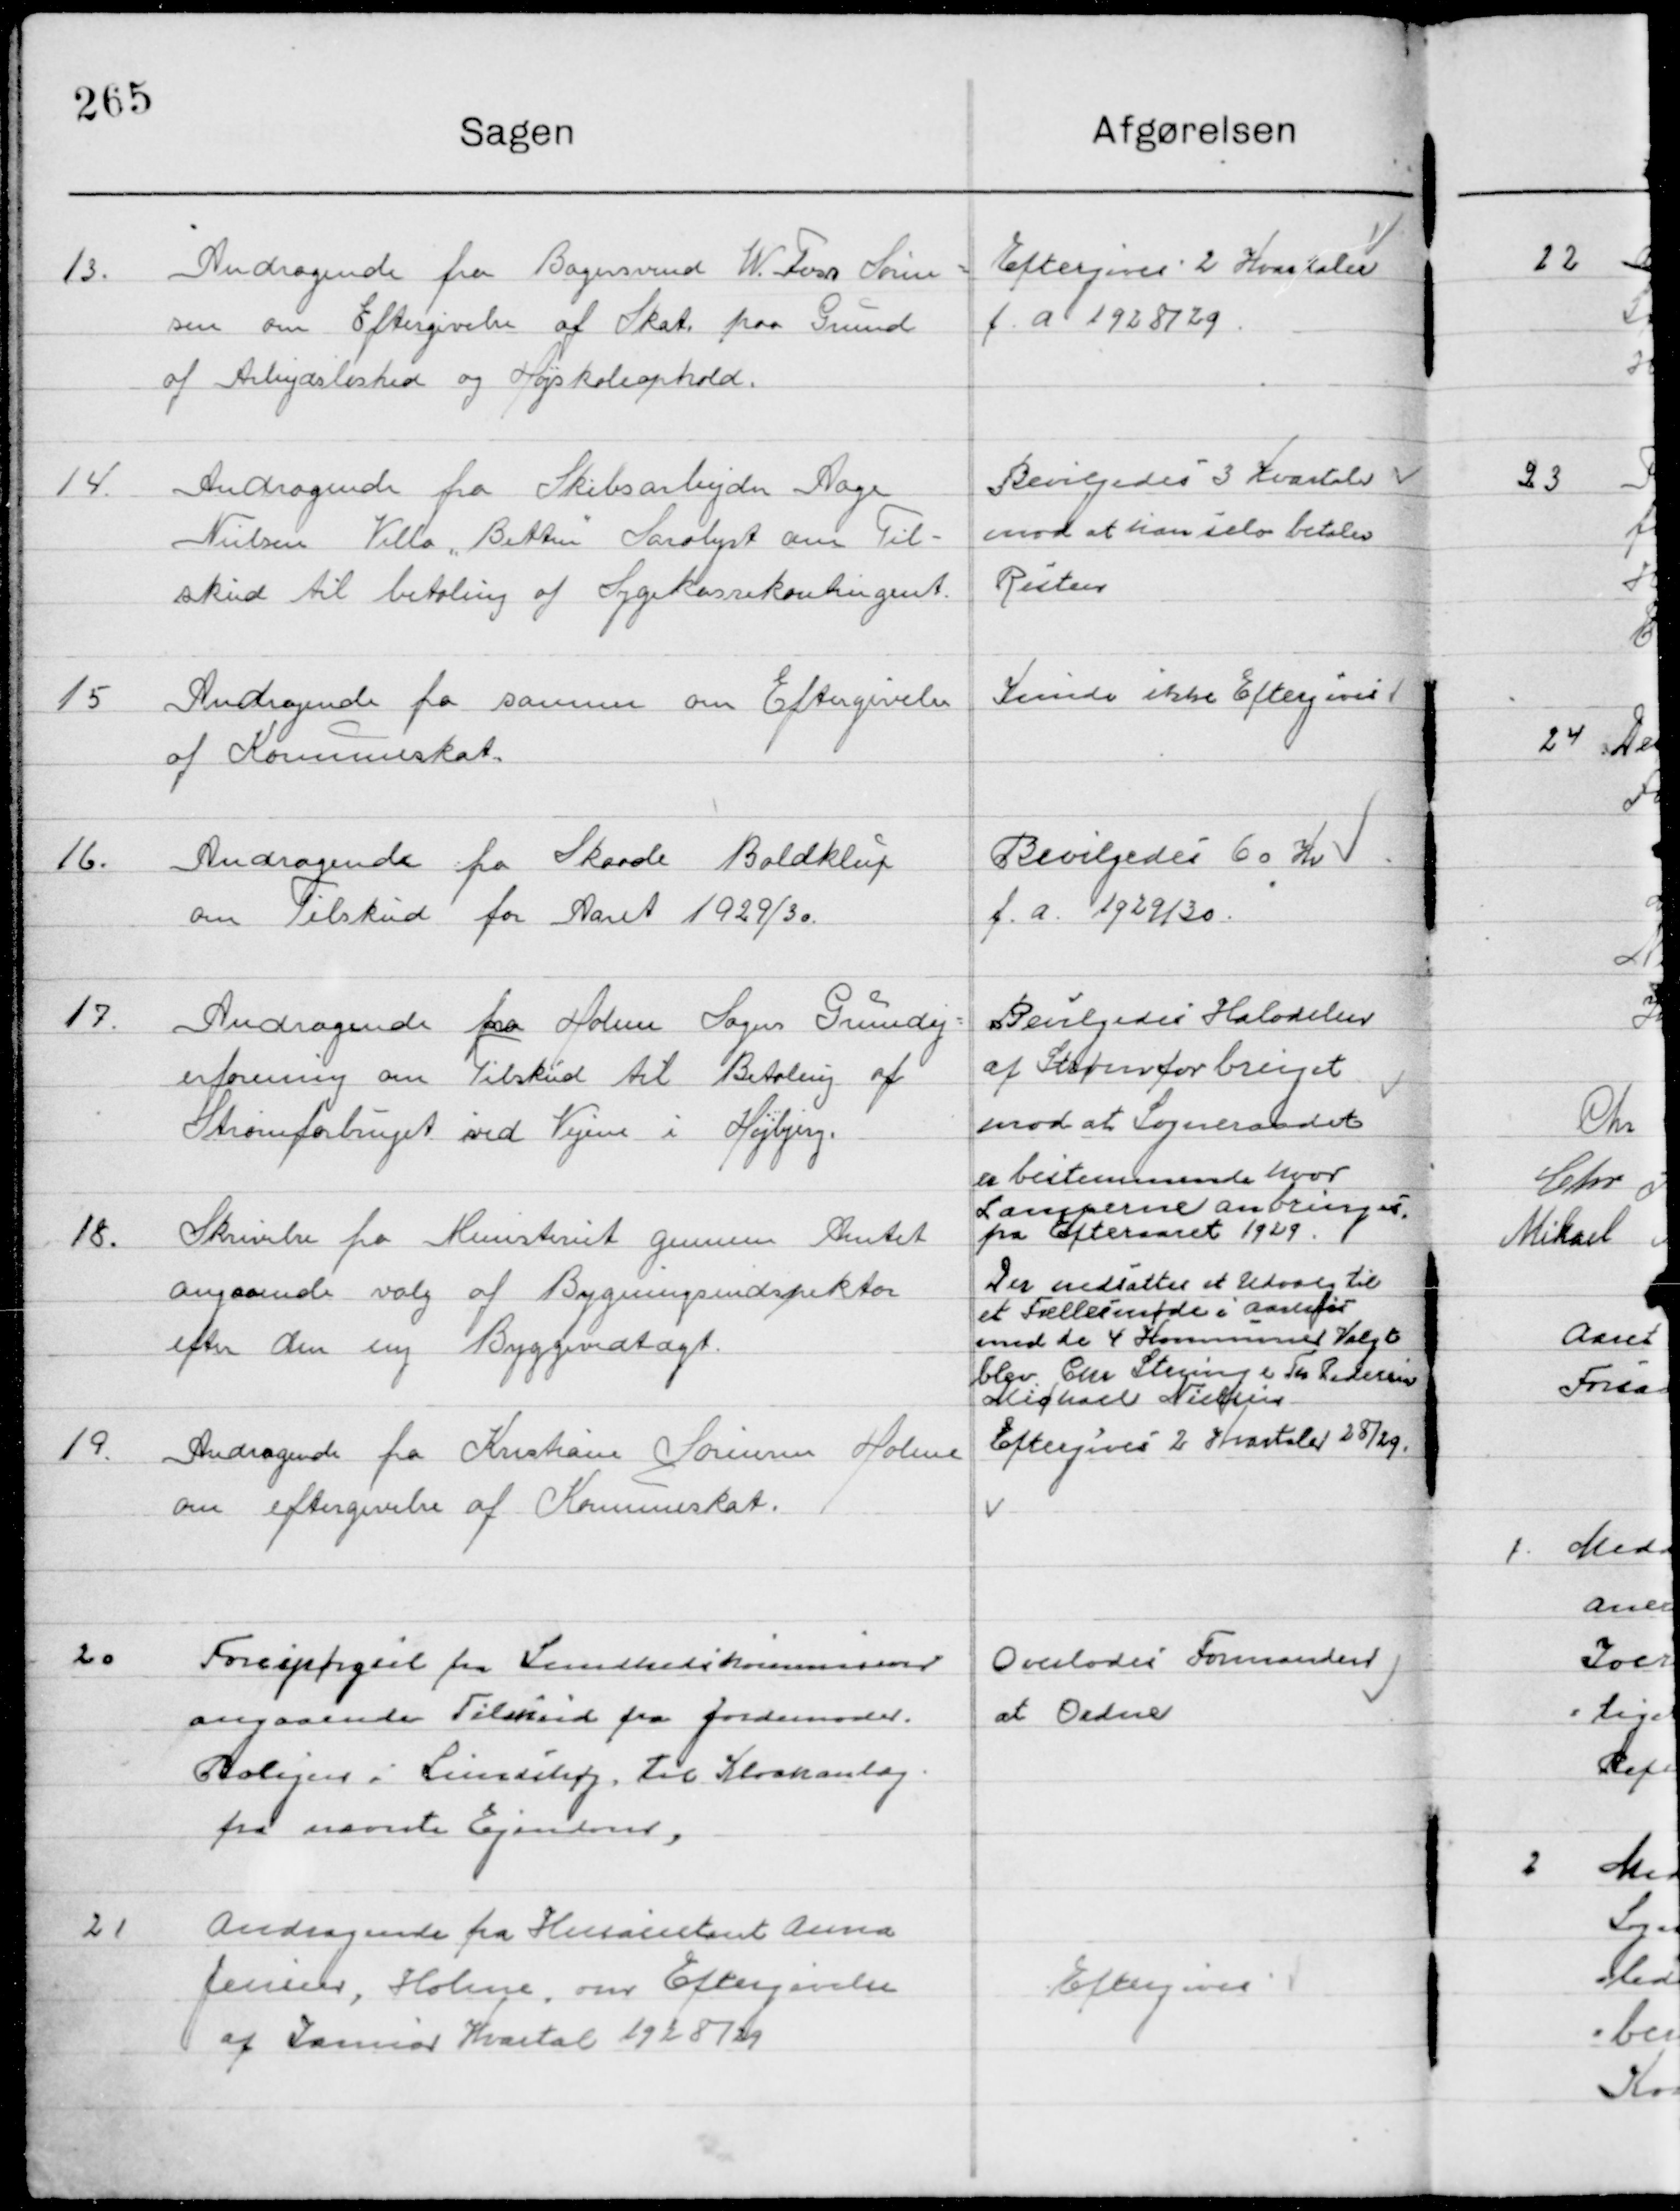
Transskription:
13

Andragende fra Bagersvend W. Ters. Søren-
sen om Eftergivelse af skat paa Grund 
af Arbejdsløshed og Højskoleophold

Eftergives 2 Kvartaler
f. A. 1928/29

14

Andragende fra Skibsarbejder Aage
Nielsen Villa ”Betten ” Saralyst om Til-
skud til betaling af Sygekassekontingent.

Bevilgedes 3 Kvartaler
imod at han selv betaler 
Resten

15

Andragende fra samme om Eftergivelse 
af Kommuneskat.

Kunde ikke Eftergives

16

Andragende fra Skaade Boldklup
Om Tilskud for Aaret 1929/30.

Bevilgedes 60 Kr.
f. a. 1929/30

17

Andragende fra Holme Sogn Grundej-
erforening om Tilskud til Betaling af
Strømforbruget ved Vejene i Højbjerg.

Bevilgede Halvdelen 
af Strømforbruget 
imod at Sogneraadet
er bestemmende hvor
Lamperne anbringes 
fra Efteraaret 1929

18

Skrivelse fra Ministeriet gennem Amtet
angaaende valg af Bygningsinspektør
efter den nye Byggevedtægt.

Der nedsattes et Udvalg til
et Fællesmøde i anfør
imod de 4 Kommuner. Valgt
blev Chr Steming  og Th. Pedersen
Mikael Nielsen

19

Andragende fra Kristian Sørensen Holme
Om eftergivelse af Kommuneskat.

Eftergives 2 Kvartaler 28/29

20

Forespørgsel fra Sundhedskommissionen
Angaaende Tilskud fra Jordmoder
Boligejer i Lindehøj til Kloakanlæg
Fra nævnte Ejendom.

Overlodes Formanden
at ordne

21

Andragende fra Husassistent Anna 
Jensen, Holme om Eftergivelse
af Januar Kvartal 1928/29

Eftergives